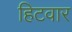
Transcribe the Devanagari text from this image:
हिटवार